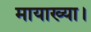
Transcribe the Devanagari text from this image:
मायाख्या।